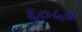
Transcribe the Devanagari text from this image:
६०५७